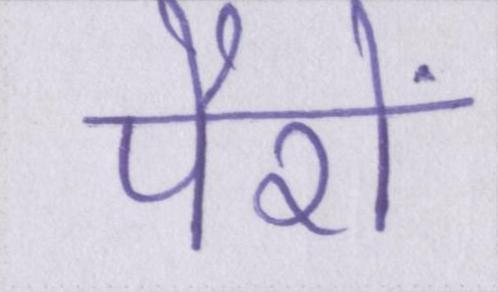
पैरों